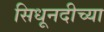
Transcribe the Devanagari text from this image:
सिधूनदीच्या